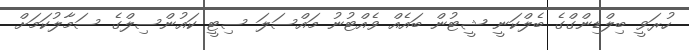
ހުރަވީ ބިލްޑިންގްގެ ބެލްކަނީ ޝީޓުން ބައެއް ވެއްޓުނު މައްސަލަ ސިޓީ ކައުންސިލްގެ ސަމާލުކަމަށް